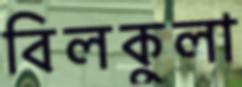
বিলকুলা